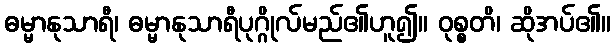
ဓမ္မာနုသာရီ၊ ဓမ္မာနုသာရီပုဂ္ဂိုလ်မည်၏ဟူ၍။ ဝုစ္စတိ၊ ဆိုအပ်၏။